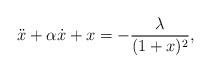
LaTeX: \begin{align*}\ddot x + \alpha \dot x + x =- \frac{\lambda} {(1+x)^{2}},\end{align*}